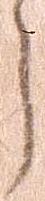
ら